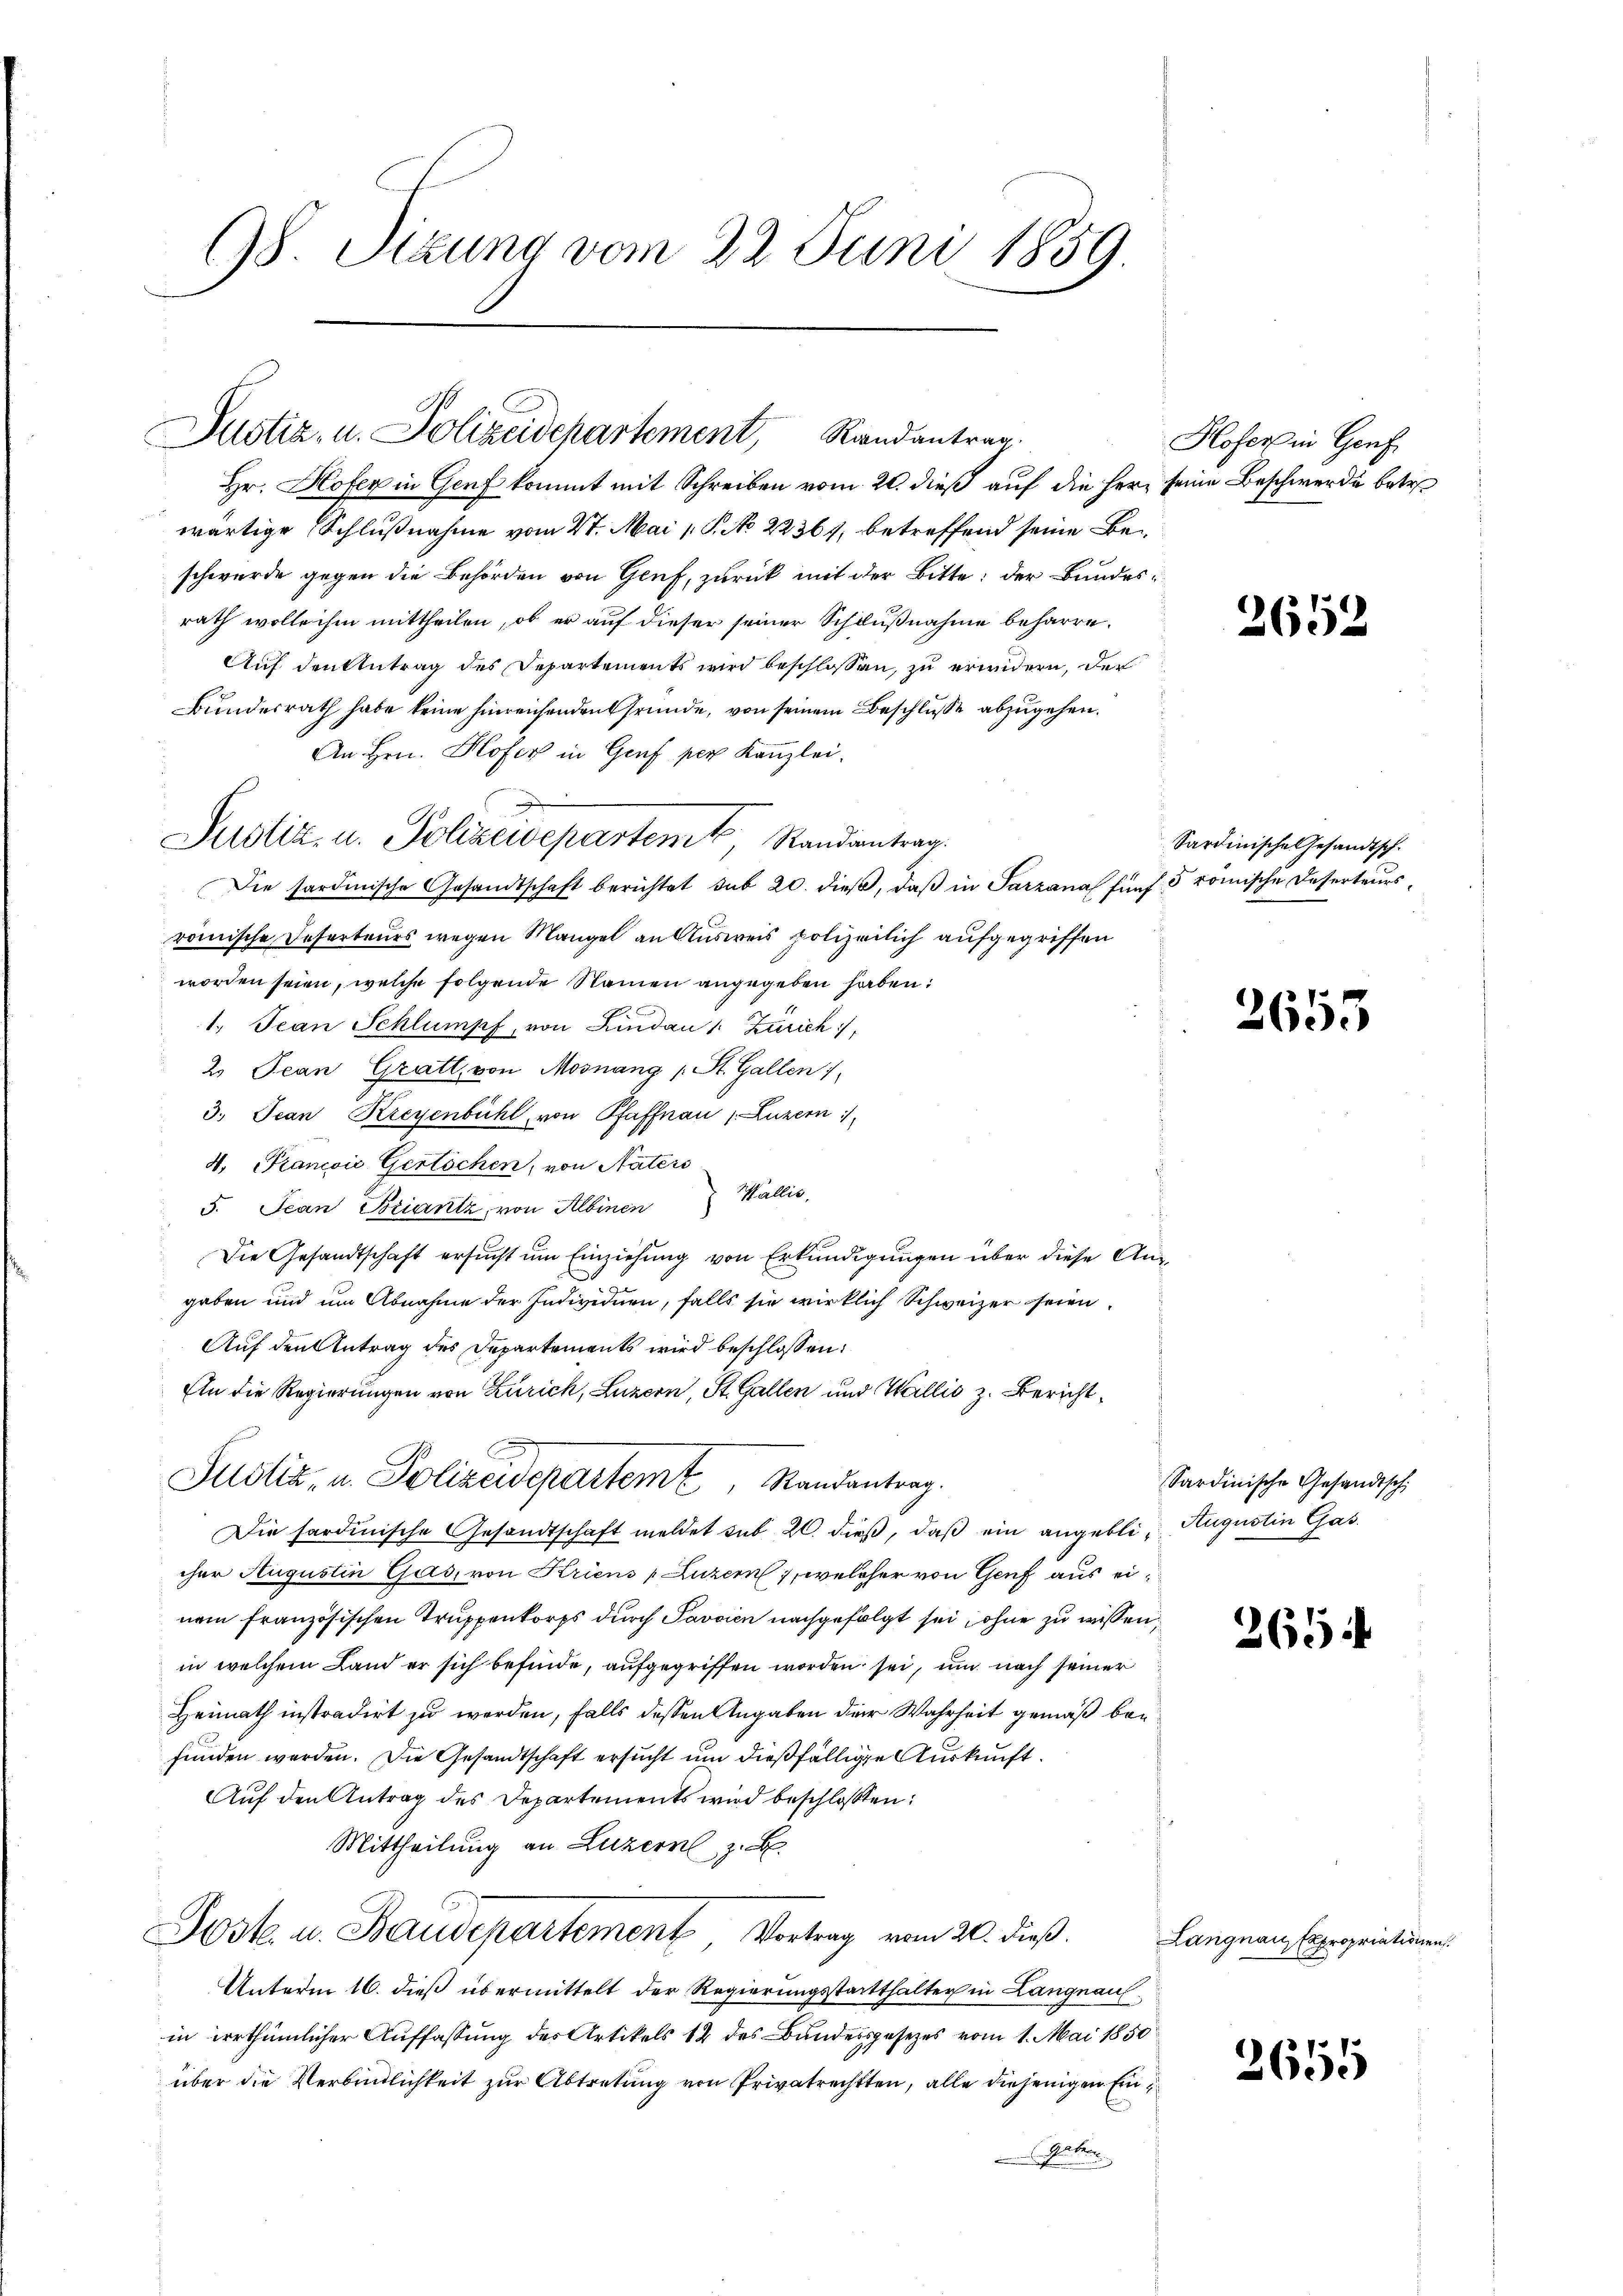
98. Sizung vom 22. Juni 1859.

Justiz- u. Polizeidepartement, Randantrag.

Hr. Hofer in Genf kommt mit Schreiben vom 20. dieß auf die Herr seine Beschwerde betr.
wärtige Schlußnahme vom 27. Mai P. No 22364, betreffend seine Beschwerde gegen die Behörden von Genf, zurück mit der Bitte: der Bundesrath wolle ihm mittheilen, ob er auf dieser seiner Schlußnahme beharre.
Auf den Antrag des Departements wird beschlossen, zu erwidern, der
Bundesrath habe keine hinreichenden Gründe, von seinem Beschluße abzugehen.
An Hrn. Hofer in Genf per Kanzlei.
Die sardinische Gesandtschaft berichtet sub 20. dieβ, daβ in Sarzana fünf 5 römische Deserteursrömische Deserteurs wegen Mangel an Ausweis polizeilich aufgegriffen
worden seien, welche folgende Namen angegeben haben:
1. Jean Schlumpf, von Lindau 1: Zürich,
2 Jean Gratt, von Mosnang (St. Gallen 1
3. Jean Kreyenbühl von Pfaffnau v. Luzern
4. Francois Gertöchen, von Naters
5. Jean Briantz, von Albinen Wallis,
Die Gesandtschaft ersucht um Einziehung von Erkundigungen über diese Angaben und um Abnahme der Individuen, falls sie wirklich Schweizer seien.
Auf den Antrag des Departements wird beschlossen:
Eln die Regierungen von Zürich, Luzern, St. Gallen und Wallis z. Bericht
Justiz- u. Polizeidepartem Randantrag.
Die sardinische Gesandtschaft meldet sub 20. dieß, daß ein angeblie Augustin Gas
cher Augustin Gas, von Kriens Luzern, welcher von Genf aus einem französischen Truppenkorps durch Javaien nachgefolgt sei, ohne zu wissen,
in welchem Land er sich befinde, aufgegriffen worden sei, um nach seiner
Heimath instradirt zu werden, falls dessen Angaben der Wahrheit gemäß befunden werden. Die Gesandtschaft ersucht um dießfällige Auskunft.
Auf den Antrag des Departements wird beschlossen:
Mittheilung an Luzern z. B.
Jost u. Staudepartement Vortrag vom 20. dieß.
Unterm 16. dieß übermittelt der Regierungsstatthalter in Langnauin irrthümlicher Auffassung des Artikels 12 des Bundesgesetzes vom 1. Mai 1850
über die Verbindlichkeit zur Abtretung von Privatrechten, alle diejenigen Ein¬
Gaben

Pustiz- u. Polizeidepartemt, Randantrag.

Hofer in Genf

2652

Sardinische Gesandtsch.

2653

Sardinische Gesandtsch

265

Langnau Expropriationen.

2655